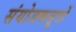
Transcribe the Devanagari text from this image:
संयोजकसूत्रों